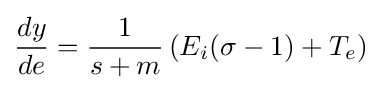
{\frac {dy}{de}}={\frac {1}{s+m}}\left(E_{i}(\sigma -1)+T_{e}\right)\;